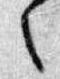
之